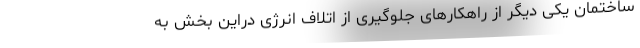
ساختمان یکی دیگر از راهکارهای جلوگیری از اتلاف انرژی دراین بخش به